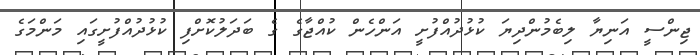
ޖިންސީ އަނިޔާ ލިބެމުންދިޔަ ކުޅުދުއްފުށީ އަންހެން ކުއްޖާގެ ގެ ބަދަލުކޮށްފި ކުޅުދުއްފުށީގައި މަންމަގެ